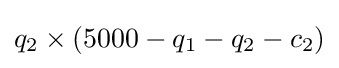
q_{2}\times (5000-q_{1}-q_{2}-c_{2})